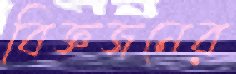
বিজ্ঞজনের